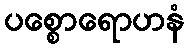
ပစ္စောရောဟနံ